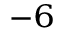
^ { - 6 }